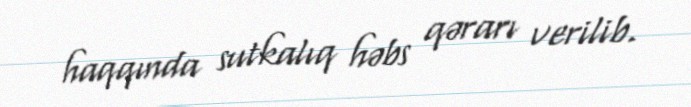
haqqında sutkalıq həbs qərarı verilib.